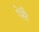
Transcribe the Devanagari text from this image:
पेसै